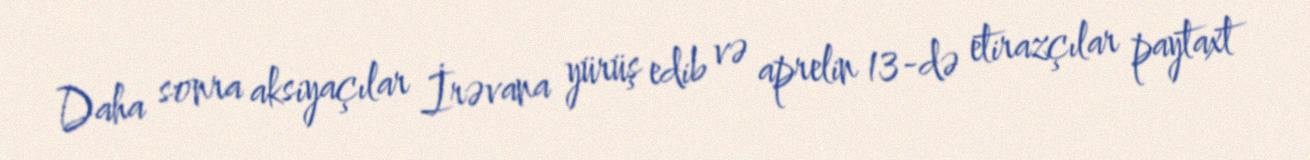
Daha sonra aksiyaçılar İrəvana yürüş edib və aprelin 13-də etirazçılar paytaxt